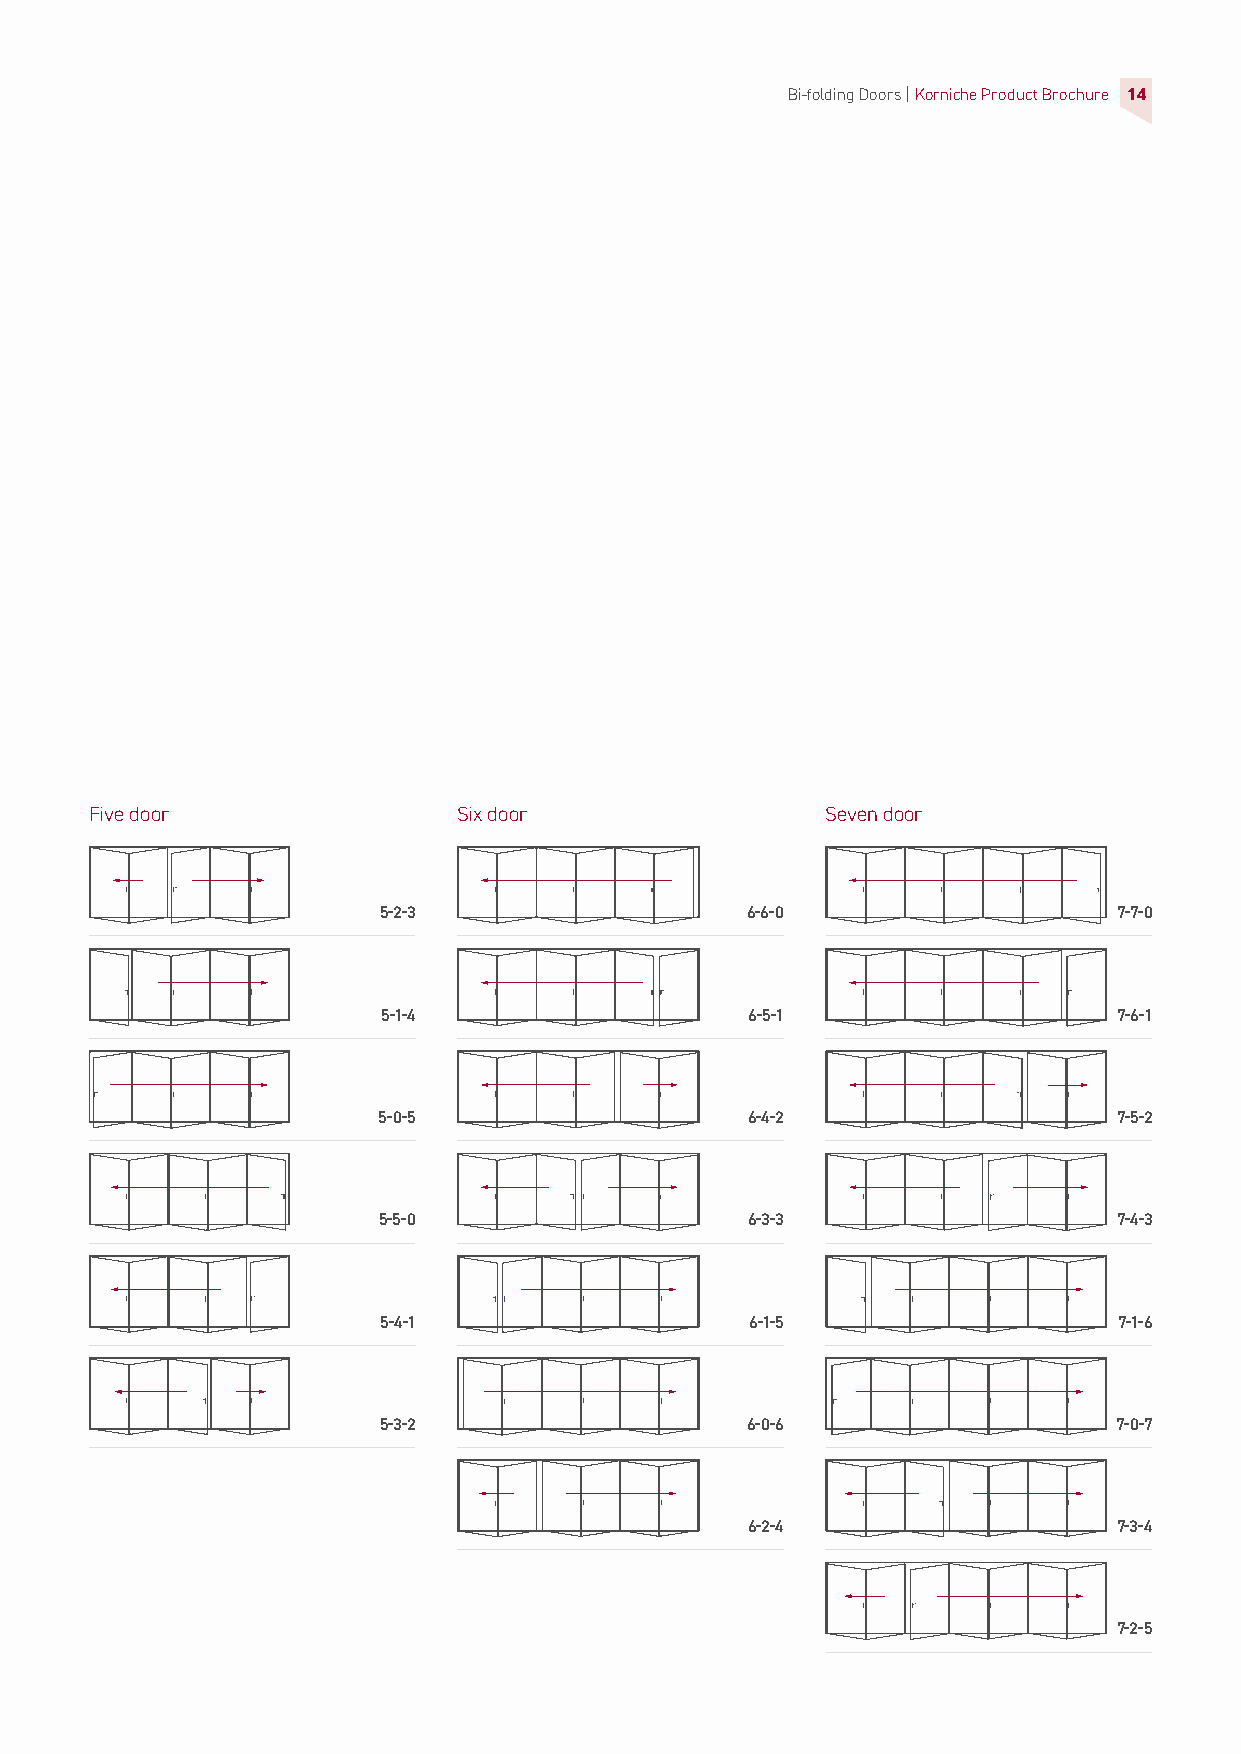
Bi-folding Doors |Korniche Product Brochure 14
 Five door               Six door                 Seven door
 5-2-3                   6-6-0                    7-7-0
 5-1-4                    6-5-1                   7-6-1
 5-0-5                   6-4-2                    7-5-2
 5-5-0                    6-3-3                   7-4-3
 5-4-1                    6-1-5                   7-1-6
 5-3-2                   6-0-6                    7-0-7
 6-2-4                    7-3-4
 7-2-5